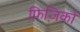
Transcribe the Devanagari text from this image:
फ़िज़िको